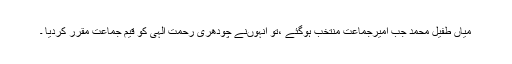
میاں طفیل محمد جب امیرجماعت منتخب ہوگئے ،تو انہوںنے چودھری رحمت الٰہی کو قیم جماعت مقرر کردیا ۔